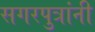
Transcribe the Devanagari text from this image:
सगरपुत्रांनी